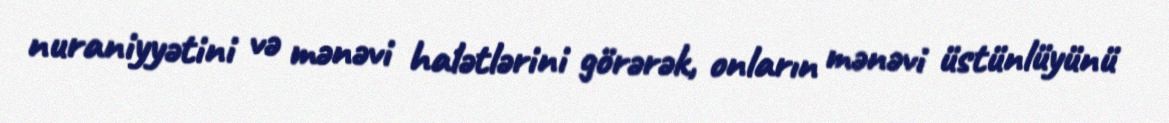
nuraniyyətini və mənəvi halətlərini görərək, onların mənəvi üstünlüyünü